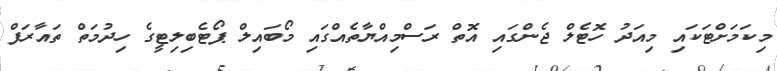
މިކަމަށްޓަކައި މިއަދު ހޮޓެލް ޖެންގައި އޮތް ރަސްމިއްޔާތެއްގައި މޯބައިލް ޕޯޓެބިލިޓީގެ ހިދުމަތް ތައާރަފް